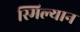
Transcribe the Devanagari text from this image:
स्मिल्यान